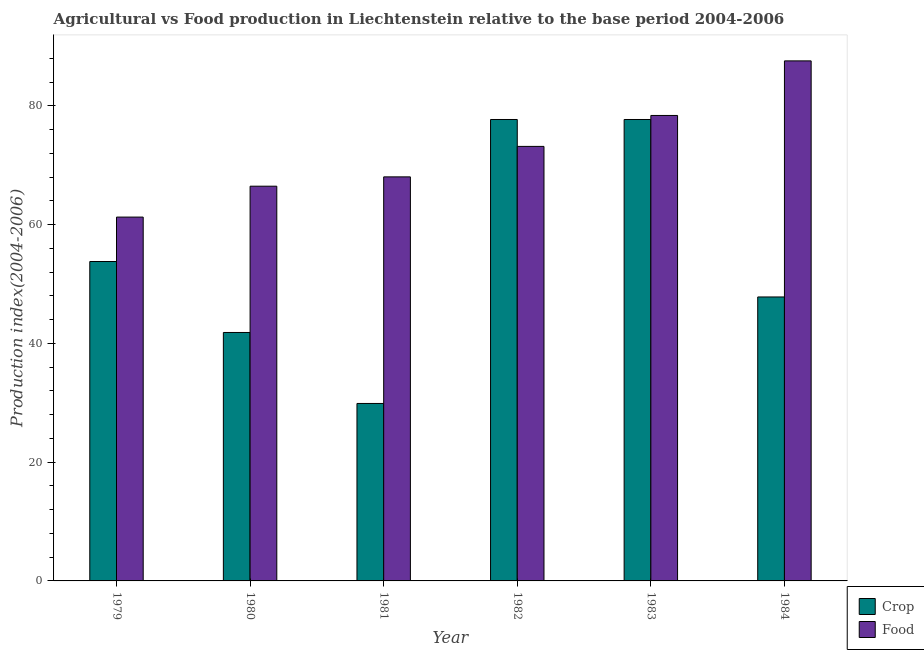
| Year | Crop | Food |
 | --- | --- | --- |
 | 1979 | 53.8 | 61.3 |
 | 1980 | 41.8 | 66.5 |
 | 1981 | 29.9 | 68 |
 | 1982 | 77.7 | 73.2 |
 | 1983 | 77.7 | 78.4 |
 | 1984 | 47.8 | 87.6 |